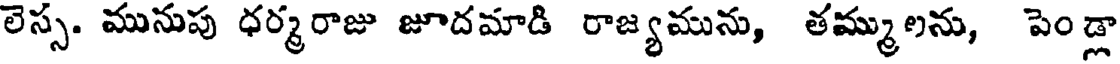
లెస్స. మునుపు ధర్మరాజు జూదమాడి రాజ్యమును, తమ్ములను, పెండ్లా